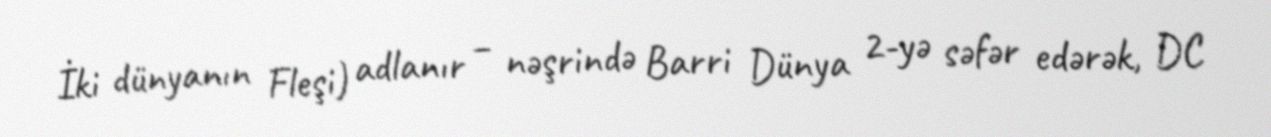
İki dünyanın Fleşi) adlanır – nəşrində Barri Dünya 2-yə səfər edərək, DC